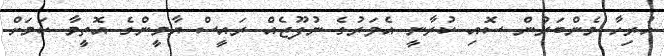
ހުރިހާ މެންބަރުން ސޮއި ކުރާނީ އެވަރުގެ ނުފޫޒެއް ރައީސް ޔާމީންގެ އޮތީމާ ކަމަށް